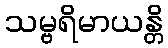
သမ္ဗရိမာယန္တိ